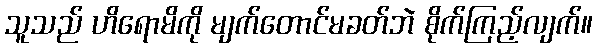
သူသည် ဟိရောမိကို မျက်တောင်မခတ်ဘဲ စိုက်ကြည့်လျက်။